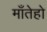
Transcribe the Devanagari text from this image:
माँतेहो